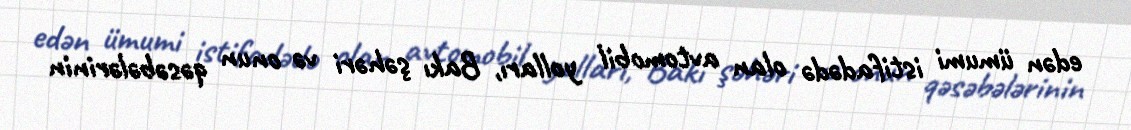
edən ümumi istifadədə olan avtomobil yolları, Bakı şəhəri və onun qəsəbələrinin